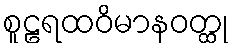
စူဠရထဝိမာနဝတ္ထု